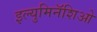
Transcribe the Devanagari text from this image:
इल्युमिनॅशिओ